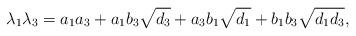
LaTeX: \begin{align*}\lambda_1\lambda_3 = a_1a_3 + a_1b_3\sqrt{d_3} + a_3b_1\sqrt{d_1} + b_1b_3 \sqrt{d_1d_3},\end{align*}